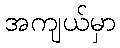
အကျယ်မှာ